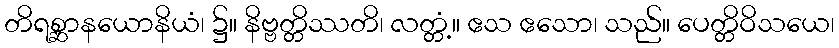
တိရစ္ဆာနယောနိယံ၊ ၌။ နိဗ္ဗတ္တိဿတိ၊ လတ္တံ့။ ဧသ ဧသော၊ သည်။ ပေတ္တိဝိသယေ၊